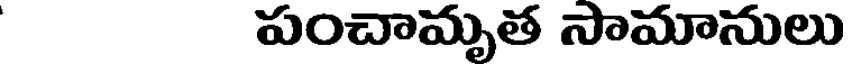
పంచామృత సామానులు